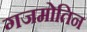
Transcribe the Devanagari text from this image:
गजमोतिन